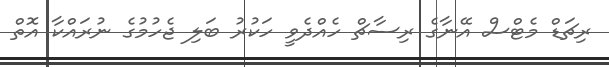
ރިޗަޑް މެޓްސް އޭނާގެ ރިސާޗް ހެއްދެވީ ހަކުރު ބަލި ޖެހުމުގެ ނުރައްކާ އޮތް